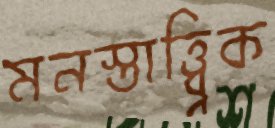
মনস্তাত্ত্ব্বিক